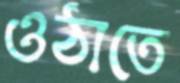
ওঠাতে